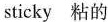
sticky 粘的